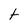
Character: t